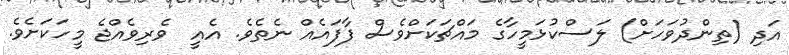
އަދި (ތިންދުވަހަށް) ލަސްކުޅަމީހާގެ މައްޗަކަށްވެސް ފާފައެއް ނެތެވެ. އެއީ  ވެރިވެއްޖެ މީހަކަށެވެ.